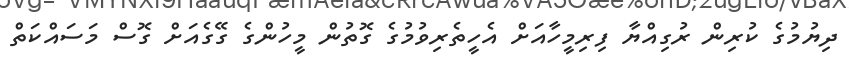
ދިޔުމުގެ ކުރިން ރުގިއްޔާ ފިރިމީހާއަށް އެހީތެރިވުމުގެ ގޮތުން މީހުންގެ ގޭގެއަށް ގޮސް މަސައްކަތް